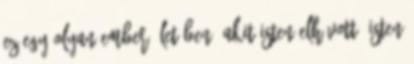
ez egy olyan ember életében, akit Isten elhívott? Isten